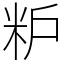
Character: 粐